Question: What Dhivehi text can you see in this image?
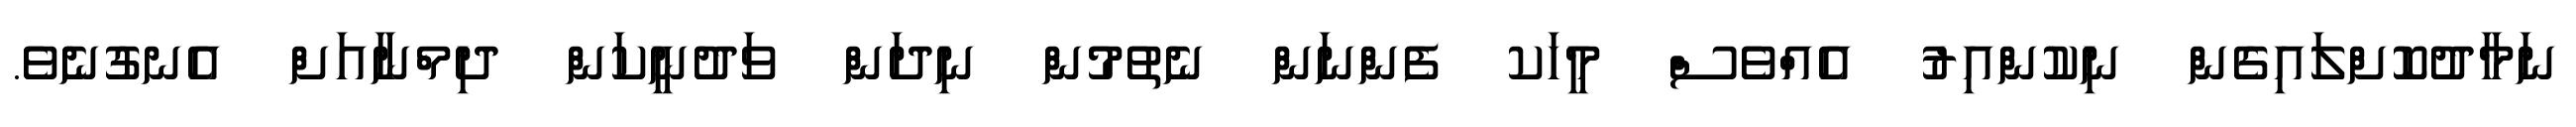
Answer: ނަމާދުކޮށްލައިގެން ނިކުންއިރު އެއްވެސް މީހަކ ފެންނަން ނެތުމުން ނިދަން ވަދުނީކަން ދިމްނާއަށް އެނގުނެވެ.